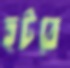
হটবে